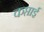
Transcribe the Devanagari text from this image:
कप्ताई